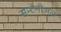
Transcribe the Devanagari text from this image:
सेन्टेनीअल